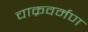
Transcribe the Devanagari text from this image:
चाक्रवर्मण